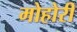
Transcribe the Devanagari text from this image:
मोहोरी